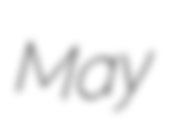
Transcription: May